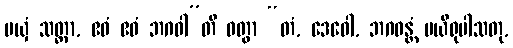
မယှံ သတ္ထာ, ဧဝံ ဧဝံ ဘဂဝါ”တိ ဝတွာ “တံ, ဒေဝေါ, ဘဂဝန္တံ ပယိရုပါသတု,